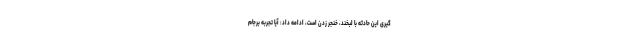
گیری این حادثه با لبخند، خنجر زدن است، ادامه داد: آیا تجربه برجام